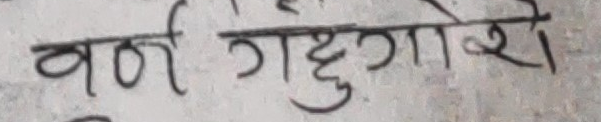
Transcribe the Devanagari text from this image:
वर्ण गढुगोशे।